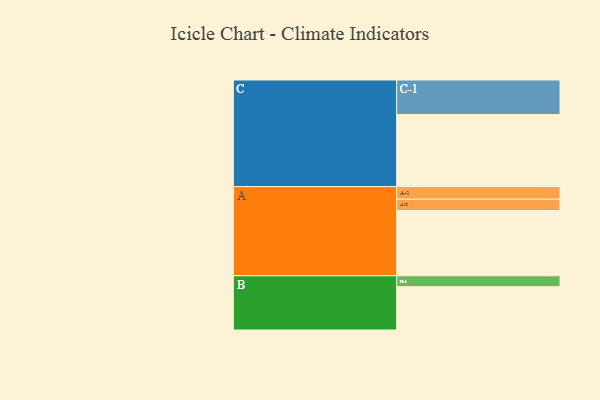
{"axis": {"x": "Segment", "y": "Value"}, "legend": ["", "A", "B", "C"], "data": [{"x": "A", "y": 520, "type": ""}, {"x": "B", "y": 345, "type": ""}, {"x": "C", "y": 574, "type": ""}, {"x": "A-1", "y": 100, "type": "A"}, {"x": "A-2", "y": 90, "type": "A"}, {"x": "B-1", "y": 87, "type": "B"}, {"x": "C-1", "y": 275, "type": "C"}]}